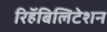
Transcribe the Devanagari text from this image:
रिहॅबिलिटेशन